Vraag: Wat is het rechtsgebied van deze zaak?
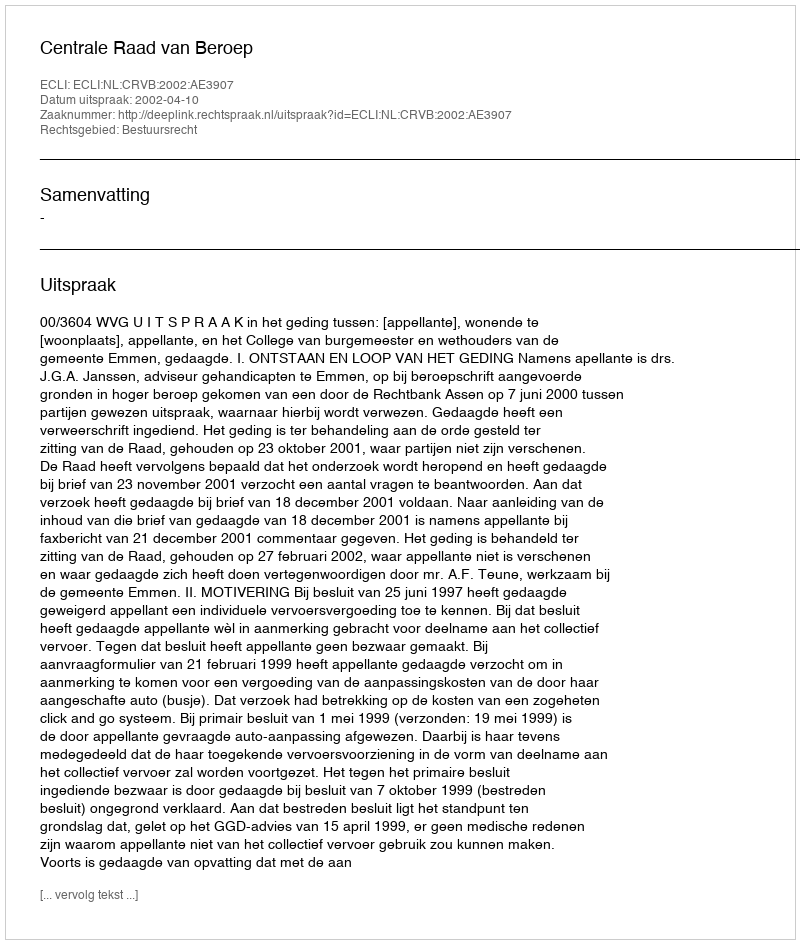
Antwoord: Bestuursrecht